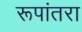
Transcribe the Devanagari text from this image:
रूपांतरा